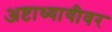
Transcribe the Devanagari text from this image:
अष्टाध्यायीवर